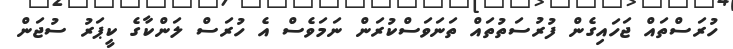
ހުރަސްތައް ޖަހައިގެން ފުރުސަތުތައް ތަނަވަސްކުރަން ނަމަވެސް އެ ހުރަސް ލަންކާގެ ކީޕަރު ސުޖަން